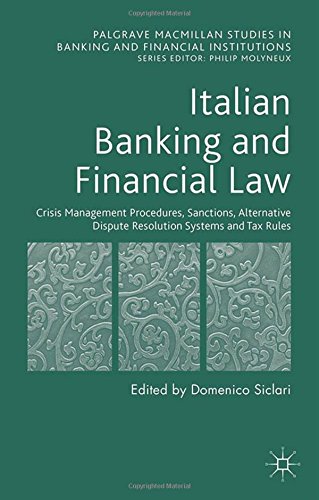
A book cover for Italian Banking and Financial Law: Crisis Management Procedures, Sanctions, Alternative Dispute Resolution Systems and Tax Rules (Palgrave Macmillan Studies in Banking and Financial Institutions); Law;